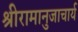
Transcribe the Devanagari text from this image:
श्रीरामानुजाचार्य